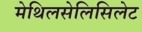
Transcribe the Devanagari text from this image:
मेथिलसेलिसिलेट